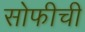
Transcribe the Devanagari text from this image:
सोफीची